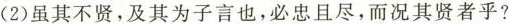
(2)虽其不贤，及其为子言也，必忠且尽，而况其贤者乎?